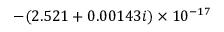
- ( 2 . 5 2 1 + 0 . 0 0 1 4 3 i ) \times 1 0 ^ { - 1 7 }